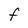
Character: F